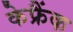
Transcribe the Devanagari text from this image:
केफ्रैंक